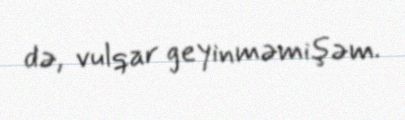
də, vulqar geyinməmişəm.